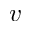
v